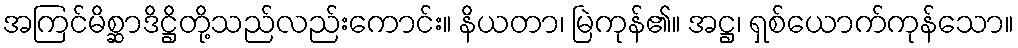
အကြင်မိစ္ဆာဒိဋ္ဌိတို့သည်လည်းကောင်း။ နိယတာ၊ မြဲကုန်၏။ အဋ္ဌ၊ ရှစ်ယောက်ကုန်သော။